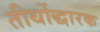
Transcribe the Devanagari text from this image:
तीर्थोद्धारक